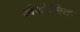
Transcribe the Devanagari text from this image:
खैथोलिक